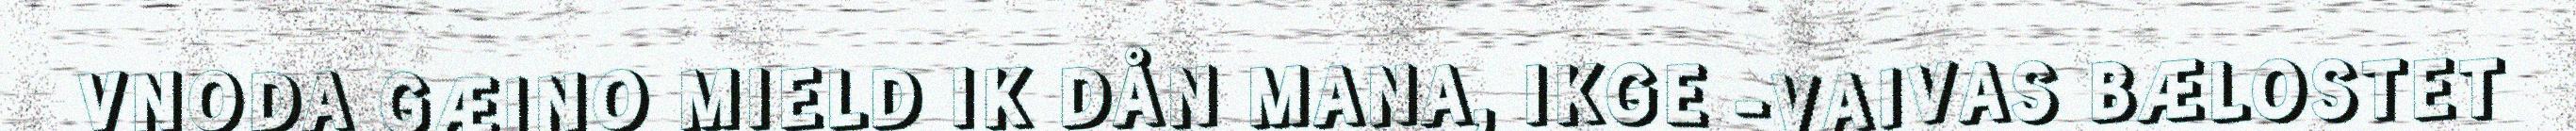
VNODA GÆINO MIELD IK DÅN MANA, IKGE -VAIVAS BÆLOSTET